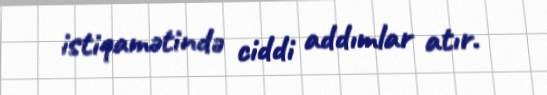
istiqamətində ciddi addımlar atır.